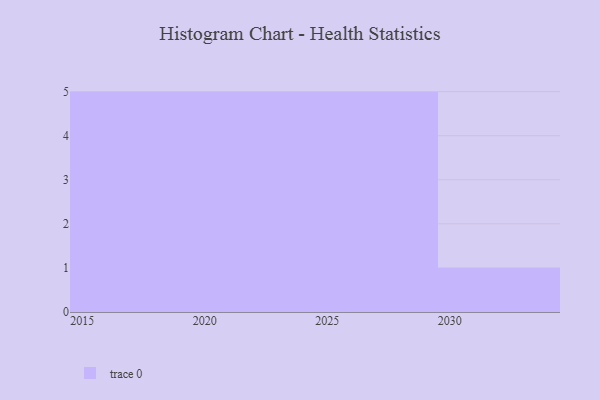
{"axis": {"x": "Year", "y": "Backlog"}, "legend": [""], "data": [{"x": "2018", "y": 31, "type": ""}, {"x": "2021", "y": 75, "type": ""}, {"x": "2026", "y": 80, "type": ""}, {"x": "2024", "y": 73, "type": ""}, {"x": "2016", "y": 19, "type": ""}, {"x": "2029", "y": 52, "type": ""}, {"x": "2030", "y": 78, "type": ""}, {"x": "2015", "y": 22, "type": ""}, {"x": "2027", "y": 8, "type": ""}, {"x": "2019", "y": 86, "type": ""}, {"x": "2023", "y": 33, "type": ""}, {"x": "2028", "y": 98, "type": ""}, {"x": "2025", "y": 88, "type": ""}, {"x": "2017", "y": 16, "type": ""}, {"x": "2022", "y": 77, "type": ""}, {"x": "2020", "y": 100, "type": ""}]}